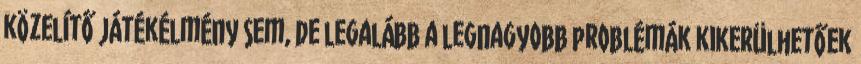
közelítő játékélmény sem, de legalább a legnagyobb problémák kikerülhetőek